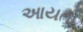
આયતો